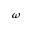
\omega